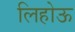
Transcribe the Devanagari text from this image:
लिहोऊ